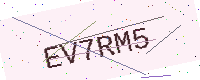
Text: EV7RM5